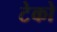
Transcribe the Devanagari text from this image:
टेको